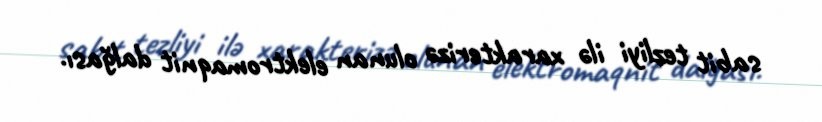
sabit tezliyi ilə xarakterizə olunan elektromaqnit dalğası.